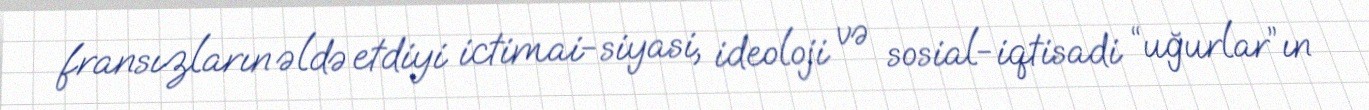
fransızların əldə etdiyi ictimai-siyasi, ideoloji və sosial-iqtisadi “uğurlar”ın